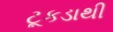
ટૂકડાથી